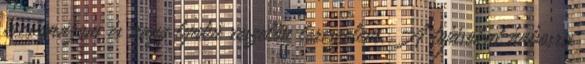
kicsumázom és nagy lyukú reszelőn lereszelem. A tojásokat habosra